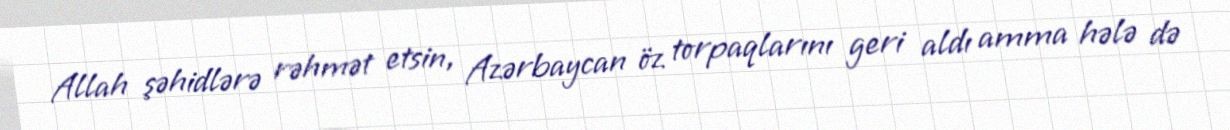
Allah şəhidlərə rəhmət etsin, Azərbaycan öz torpaqlarını geri aldı amma hələ də